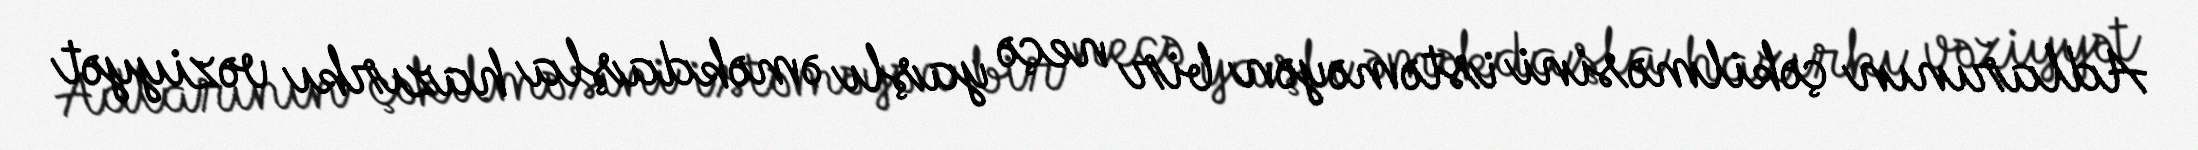
Adlarının çəkilməsini istəməyən bir neçə yaşlı əməkdaşla hazırkı vəziyyət